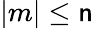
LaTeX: |m|\leq\mathsf{n}